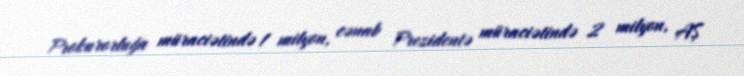
Prokurorluğa müraciətində 1 milyon, cənab Prezidentə müraciətində 2 milyon, AŞ